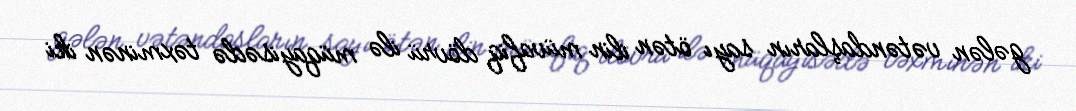
gələn vətəndaşların sayı ötən ilin müvafiq dövrü ilə müqayisədə təxminən iki